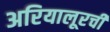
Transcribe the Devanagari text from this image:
अरियालूरची